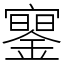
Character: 䥌